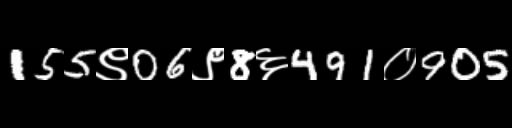
Text: 155९06९8६491०905